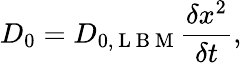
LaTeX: D_{0}=D_{0,\mathrm{~L~B~M~}}\frac{\delta x^{2}}{\delta t},